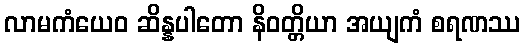
လာမကံယေဝ ဆိန္နပါတော နိဝတ္တိယာ အယျကံ စရဏဿ